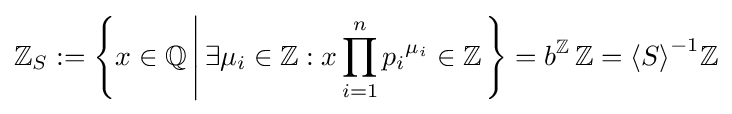
\mathbb {Z} _{S}:=\left\{x\in \mathbb {Q} \left|\,\exists \mu _{i}\in \mathbb {Z} :x\prod _{i=1}^{n}{p_{i}}^{\mu _{i}}\in \mathbb {Z} \right.\right\}=b^{\mathbb {Z} }\,\mathbb {Z} ={\langle S\rangle }^{-1}\mathbb {Z}